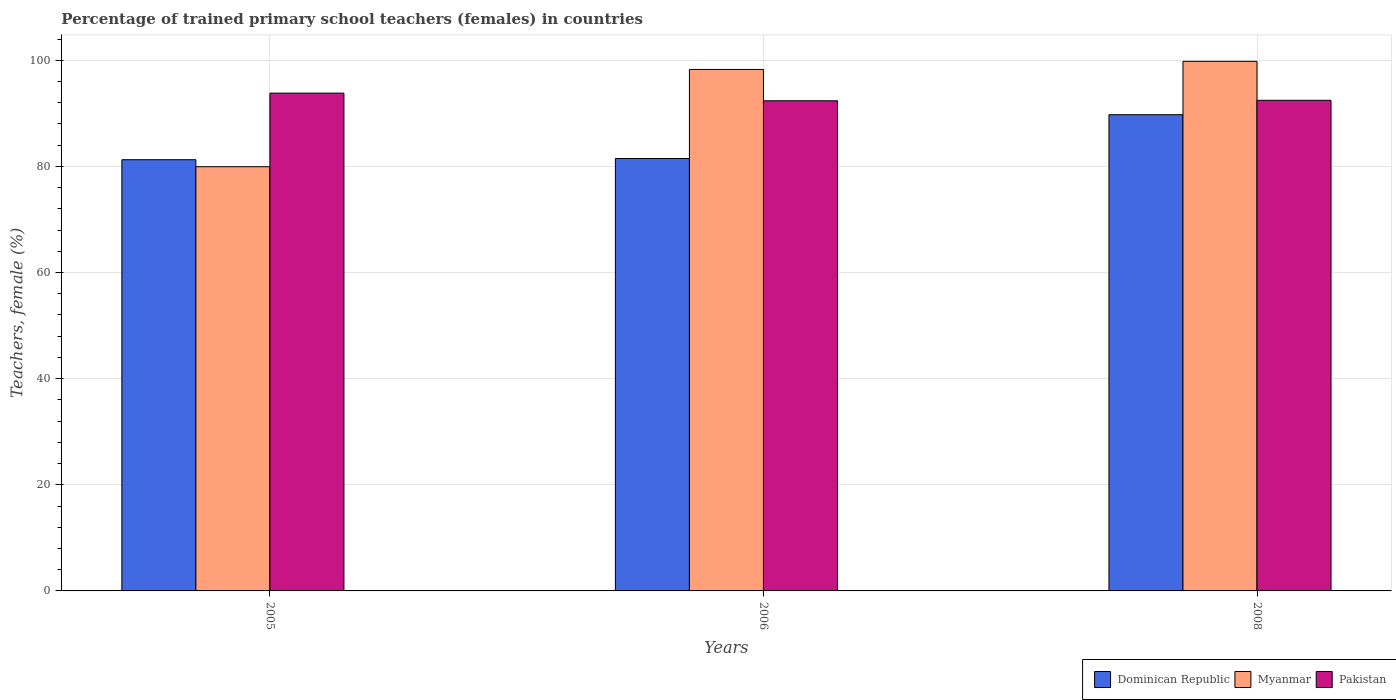
| Years | Dominican Republic | Myanmar | Pakistan |
 | --- | --- | --- | --- |
 | 2005 | 81.3 | 79.9 | 93.8 |
 | 2006 | 81.5 | 98.3 | 92.4 |
 | 2008 | 89.7 | 99.8 | 92.5 |